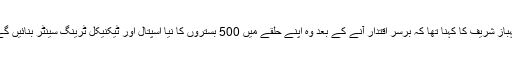
شہباز شریف کا کہنا تھا کہ برسرِ اقتدار آنے کے بعد وہ اپنے حلقے میں 500 بستروں کا نیا اسپتال اور ٹیکنیکل ٹرینگ سینٹر بنائیں گے۔